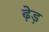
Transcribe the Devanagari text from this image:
ढ़ेड़